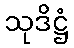
သုဒိဋ္ဌံ